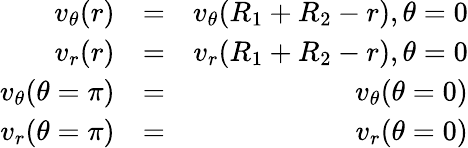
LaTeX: \begin{array}{rlr}{v_{\theta}(r)}&{=}&{v_{\theta}(R_{1}+R_{2}-r),\theta=0}\\ {v_{r}(r)}&{=}&{v_{r}(R_{1}+R_{2}-r),\theta=0}\\ {v_{\theta}(\theta=\pi)}&{=}&{v_{\theta}({\theta=0})}\\ {v_{r}(\theta=\pi)}&{=}&{v_{r}(\theta=0)}\end{array}